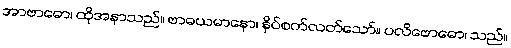
အာဗာဓော၊ ထိုအနာသည်။ ဗာဓယမာနော၊ နှိပ်စက်လတ်သော်။ ပလိဗောဓော၊ သည်။